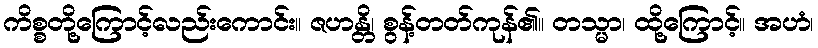
ကိစ္စတို့ကြောင့်လည်းကောင်း။ ဇဟန္တိ၊ စွန့်တတ်ကုန်၏။ တသ္မာ၊ ထို့ကြောင့်။ အဟံ၊